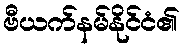
ဗီယက်နမ်နိုင်ငံ၏